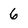
Character: 6